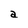
Character: a